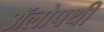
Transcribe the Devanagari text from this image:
ॲलोपथी